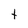
Character: Y